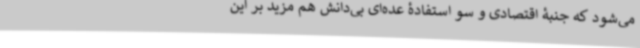
می‌شود که جنبۀ اقتصادی و سو استفادۀ عده‌ای بی‌دانش هم مزید بر این